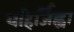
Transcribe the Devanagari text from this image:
वहिर्जिह्वा